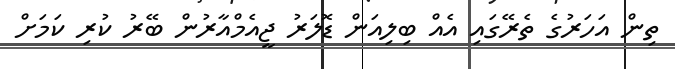
ތިން އަހަރުގެ ތެރޭގައި އެއް ބިލިއަން ޑޮލަރު ޖީއެމްއާރުން ބޭރު ކުރި ކަމަށް